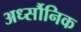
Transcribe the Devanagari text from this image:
अर्ध्सौनिक